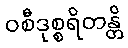
ဝစီဒုစ္စရိတန္တိ